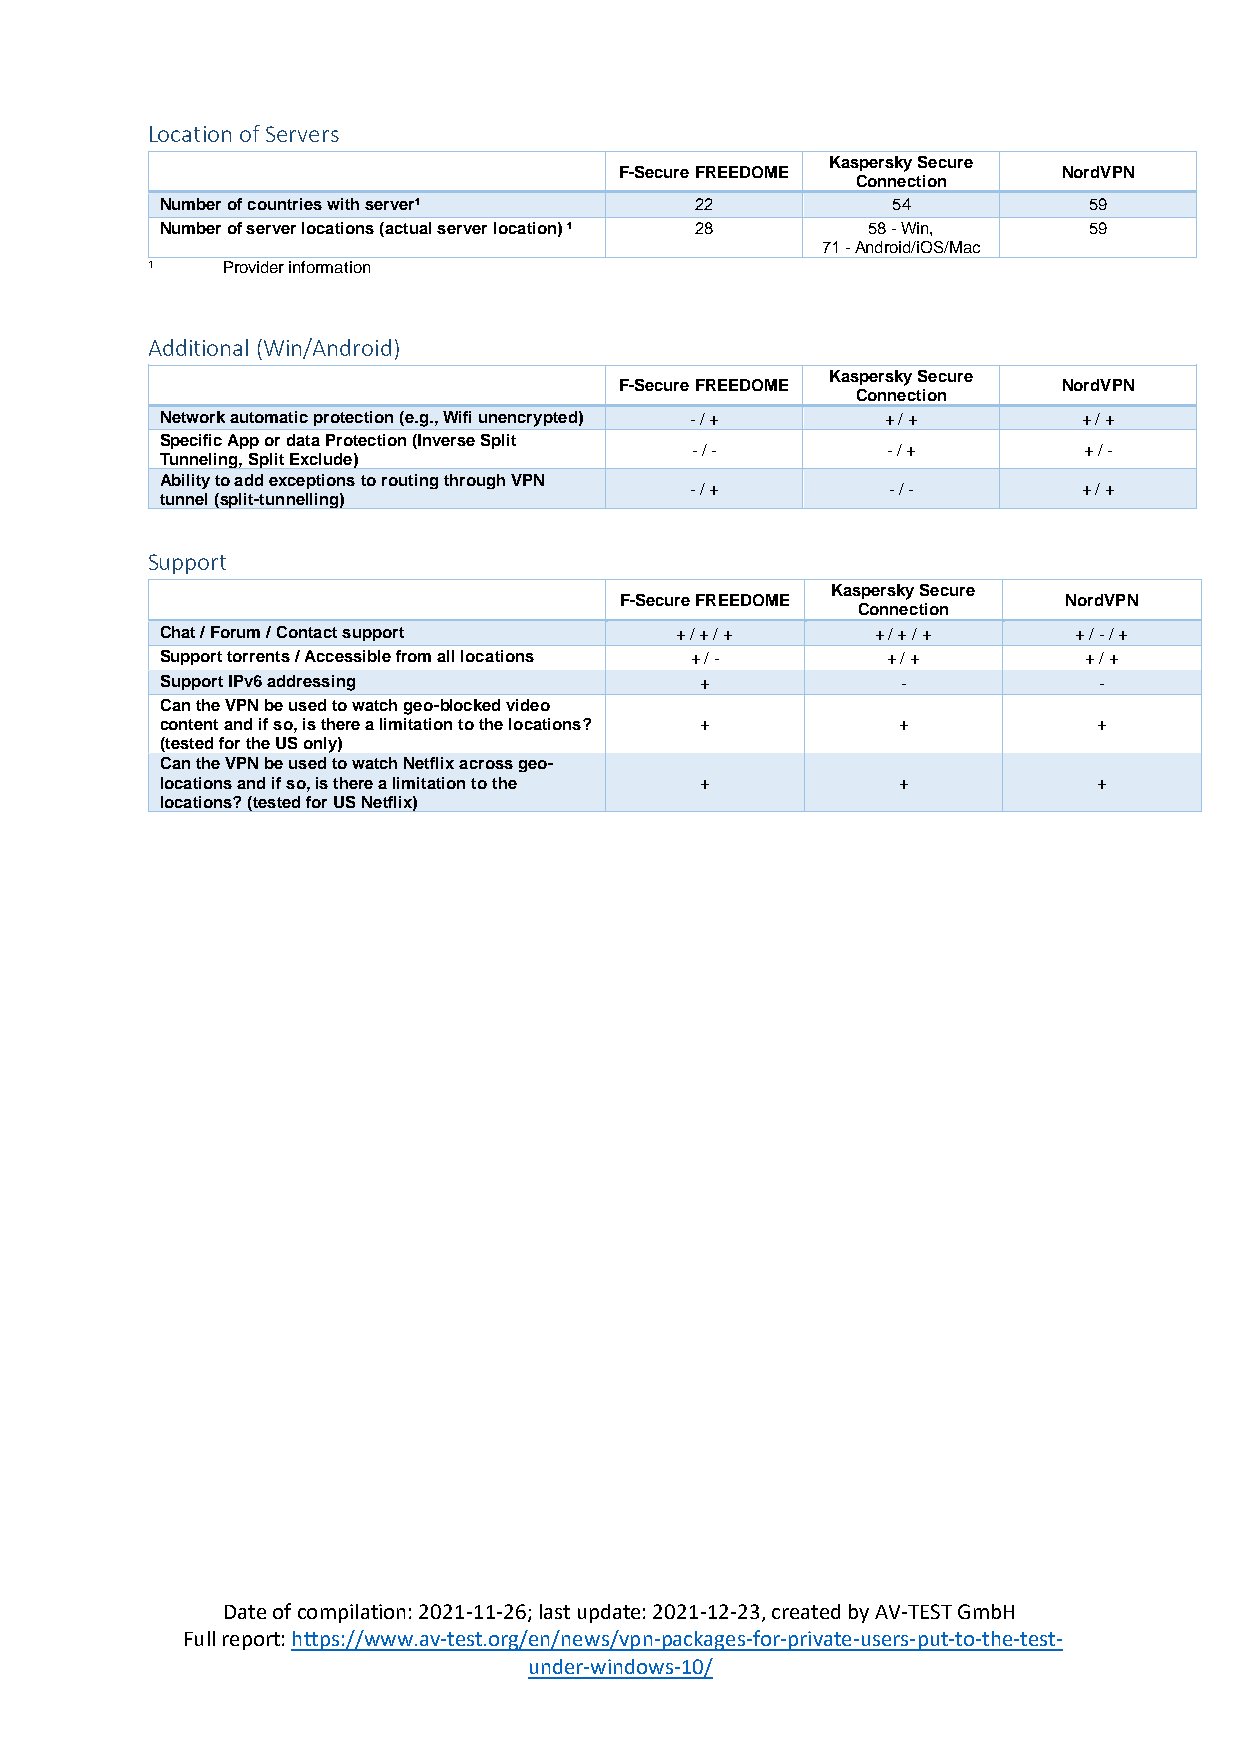
Location of Servers
 Kaspersky Secure
 F-Secure FREEDOME            NordVPN
 Connection
 Number of countries with server¹   22           54           59
 Number of server locations (actual server location) ¹ 28 58 - Win, 59
 71 - Android/iOS/Mac
 ¹    Provider information
 Additional (Win/Android)
 Kaspersky Secure
 F-Secure FREEDOME            NordVPN
 Connection
 Network automatic protection (e.g., Wifi unencrypted) - / + + / + + / +
 Specific App or data Protection (Inverse Split
 - / -        - / +        + / -
 Tunneling, Split Exclude)
 Ability to add exceptions to routing through VPN
 - / +        - / -        + / +
 tunnel (split-tunnelling)
 Support
 Kaspersky Secure
 F-Secure FREEDOME             NordVPN
 Connection
 Chat / Forum / Contact support    + / + / +    + / + / +    + / - / +
 Support torrents / Accessible from all locations + / - + / + + / +
 Support IPv6 addressing            +             -            -
 Can the VPN be used to watch geo-blocked video
 content and if so, is there a limitation to the locations? + + +
 (tested for the US only)
 Can the VPN be used to watch Netflix across geo-
 locations and if so, is there a limitation to the + +         +
 locations? (tested for US Netflix)
 Date of compilation: 2021-11-26; last update: 2021-12-23, created by AV-TEST GmbH
 Full report: https://www.av-test.org/en/news/vpn-packages-for-private-users-put-to-the-test-
 under-windows-10/